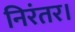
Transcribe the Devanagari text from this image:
निरंतर।